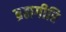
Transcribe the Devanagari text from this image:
ब्रह्मगीरि